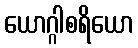
ယောဂ္ဂါစရိယော